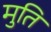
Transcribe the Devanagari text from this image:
मुति